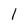
Character: 1